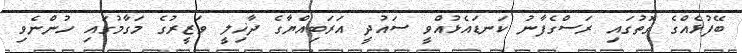
ބޭފުޅެއްގެ ގޮތުގައި ރަސްގެފާނު ކަނޑައެޅުއްވީ ސައުދީ އަރަބިއްޔާގެ ދާޚިލީ ވަޒީރުގެ މަގާމުގައި ހުންނެވި